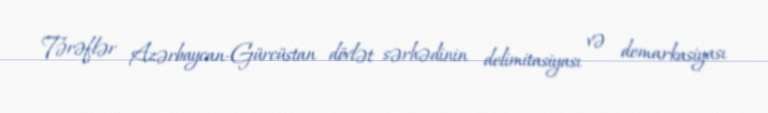
Tərəflər Azərbaycan-Gürcüstan dövlət sərhədinin delimitasiyası və demarkasiyası